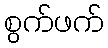
စွက်ဖက်